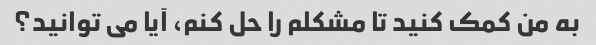
به من کمک کنید تا مشکلم را حل کنم، آیا می توانید؟